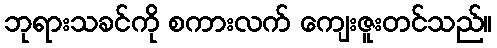
ဘုရားသခင်ကို စကားလက် ကျေးဇူးတင်သည်။